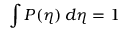
\int { \cal { P } } ( \eta ) \, d \eta = 1